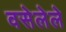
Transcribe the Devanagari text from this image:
वसेलेले